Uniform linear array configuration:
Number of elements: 24
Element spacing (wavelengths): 0.5
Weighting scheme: blackman
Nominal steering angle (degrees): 60
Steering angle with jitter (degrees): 61.752
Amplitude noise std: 0.05
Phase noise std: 0.05

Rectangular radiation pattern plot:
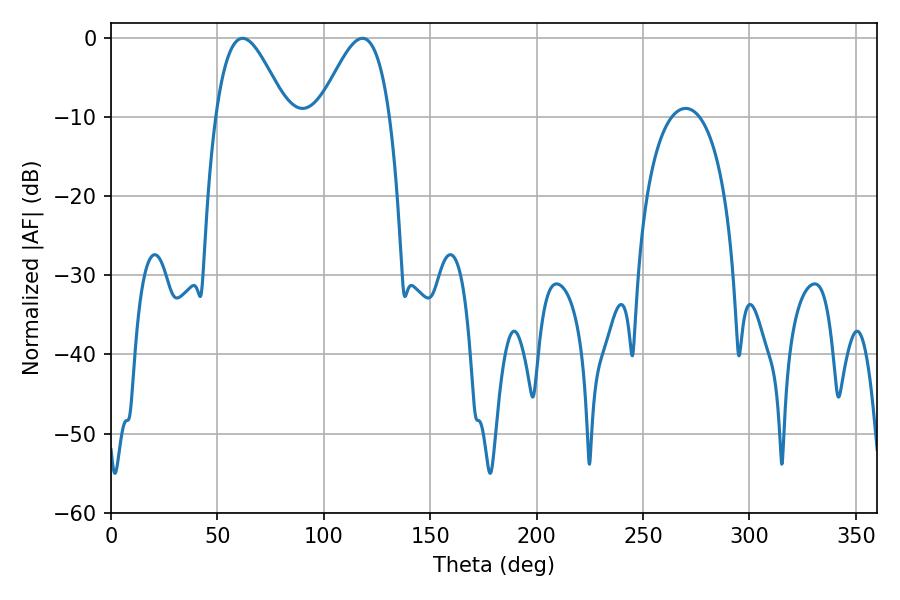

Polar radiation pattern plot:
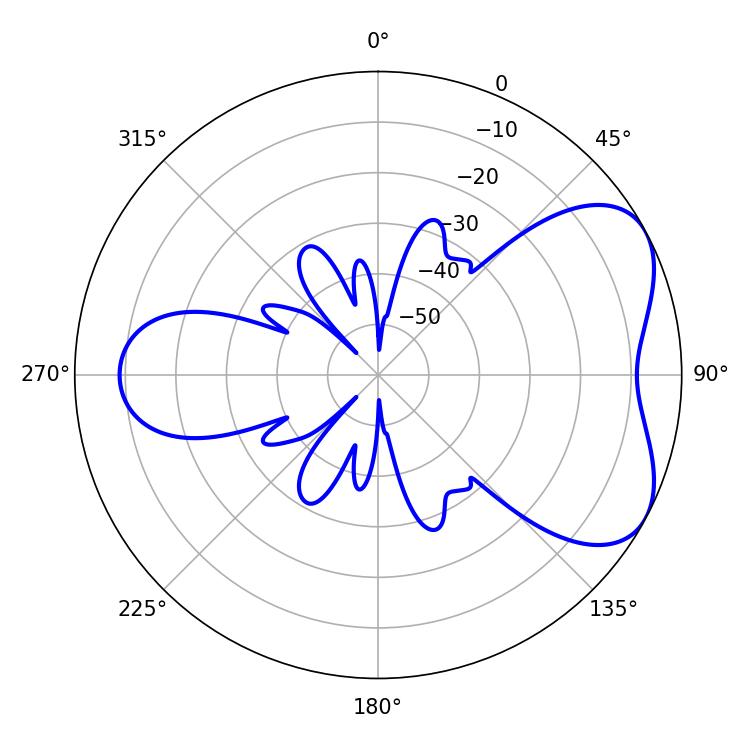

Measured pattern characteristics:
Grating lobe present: FALSE
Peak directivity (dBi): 5.32
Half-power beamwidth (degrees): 17.82
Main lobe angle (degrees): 61.92